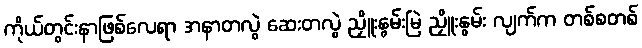
ကိုယ်တွင်းနာဖြစ်လေရာ အနာတလွဲ ဆေးတလွဲ ညှိူးနွမ်းမြဲ ညှိူးနွမ်း လျက်က တစ်စတစ်